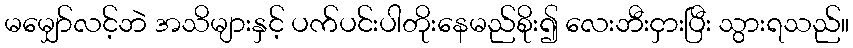
မမျှော်လင့်ဘဲ အသိများနှင့် ပက်ပင်းပါတိုးနေမည်စိုး၍ လေးဘီးငှားပြီး သွားရသည်။